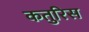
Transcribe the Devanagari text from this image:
कतुरिस